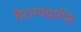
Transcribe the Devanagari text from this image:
वैराग्यप्राप्ति